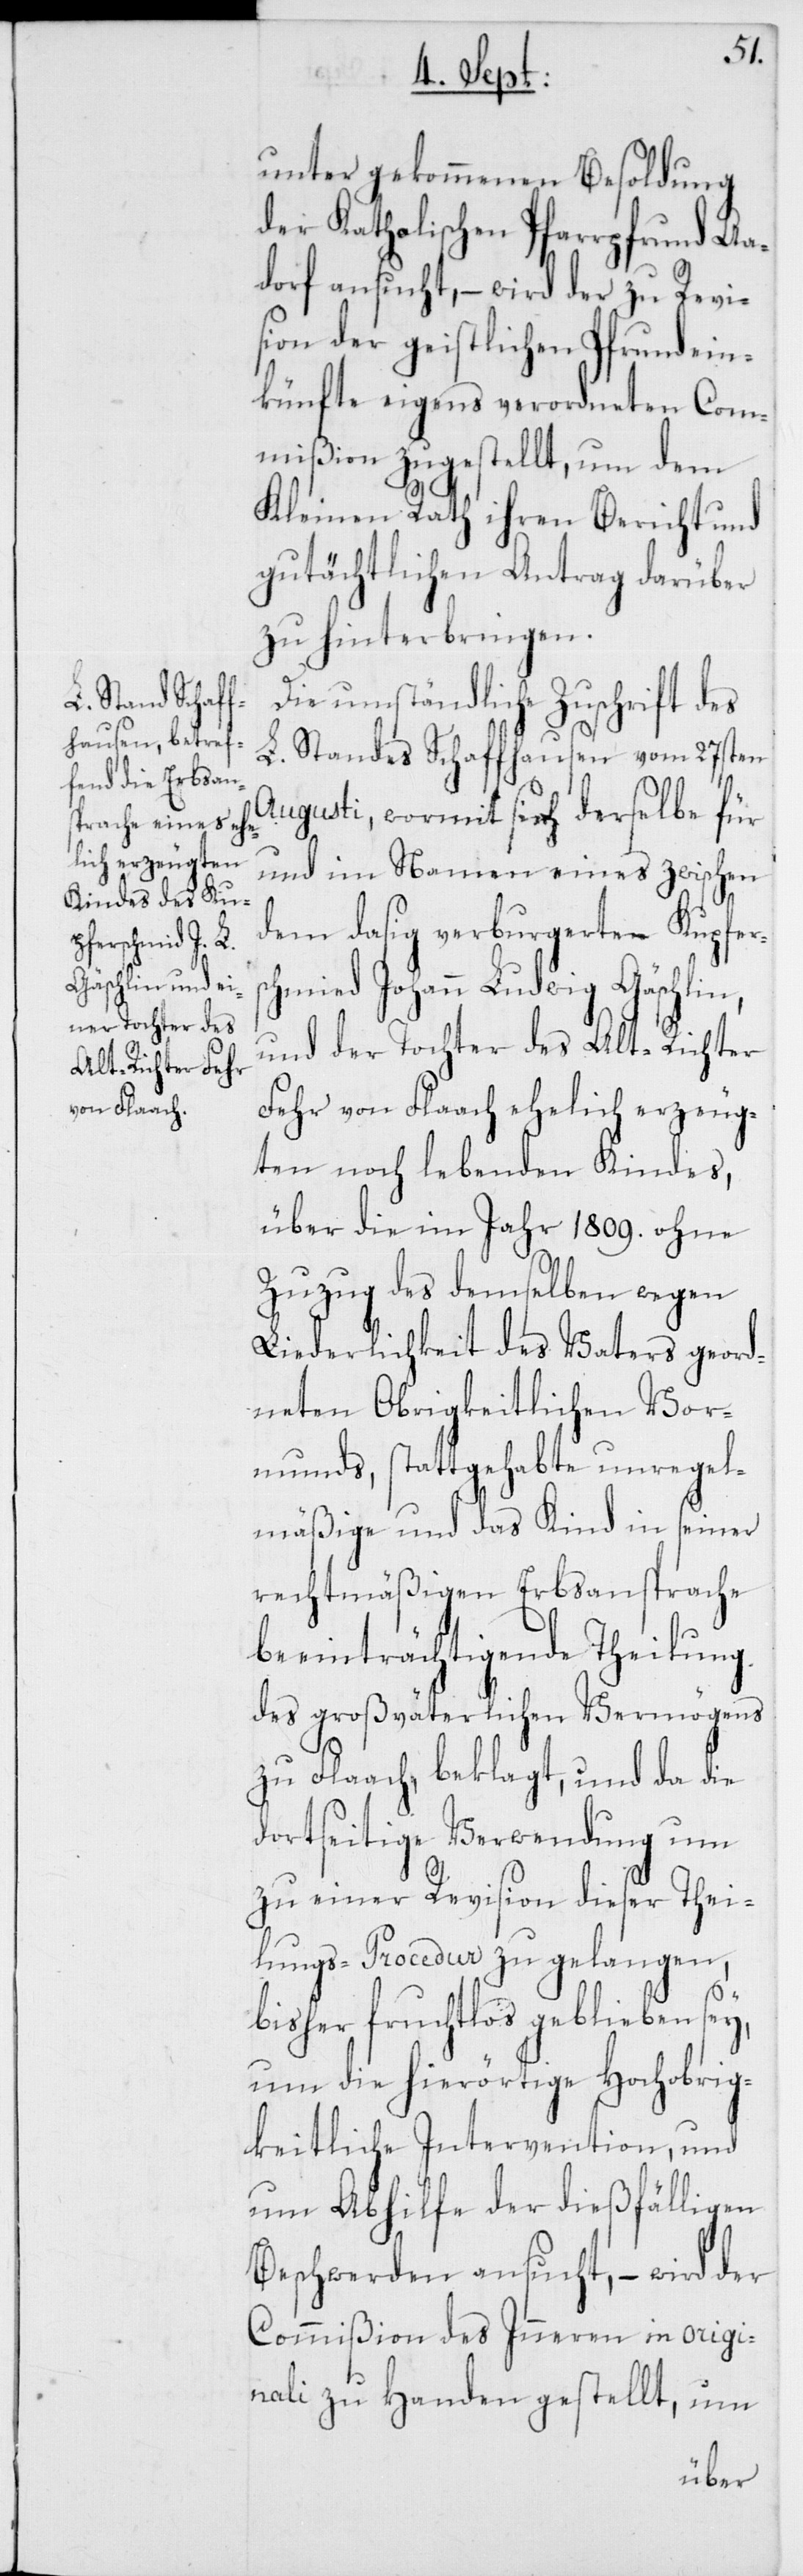
sc¬
unter gekommenen Besoldung
der Katholischen Pfarrpfrund Aa¬
dorf ansucht, – wird der zu Revi¬
sion der geistlichen Pfrundein¬
künfte eigens verordneten Com¬
mißion zugestellt, um dem
Kleinen Rath ihren Bericht und
gutächtlichen Antrag darüber
zu hinterbringen.
Die umständliche Zuschrift des
L. Standes Schaffhausen vom 27sten
Augusti, wormit sich derselbe für
und im Namen eines zwischen
dem dasig verburgereten Kupfer¬
hmied Johann Ludwig Gäschlin,
und der Tochter des Alt-Richter
Fehr von Flaach ehelich erzeug¬
ten noch lebenden Kindes,
über die im Jahr 1809. ohne
Zuzug des demselben wegen
Liederlichkeit des Vaters geord¬
neten Obrigkeitlichen Vor¬
munds, stattgehabte unregel¬
mäßige und das Kind in seiner
rechtmäßigen Erbsansprache
beeinträchtigende Theilung
des großväterlichen Vermögens
zu Flaach, beklagt, und da die
dortseitige Verwendung um
zu einer Revision dieser Thei¬
lungs-Procedur zu gelangen,
bisher fruchtlos geblieben sey,
um die hierörtige Hochobrig¬
keitliche Intervention, und
um Abhilfe der dießfälligen
Beschwerden ansucht, wird der
Commißion des Inneren in origi¬
nali zu Handen gestellt, um